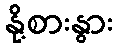
နို့စားနွား